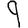
Digit: 9